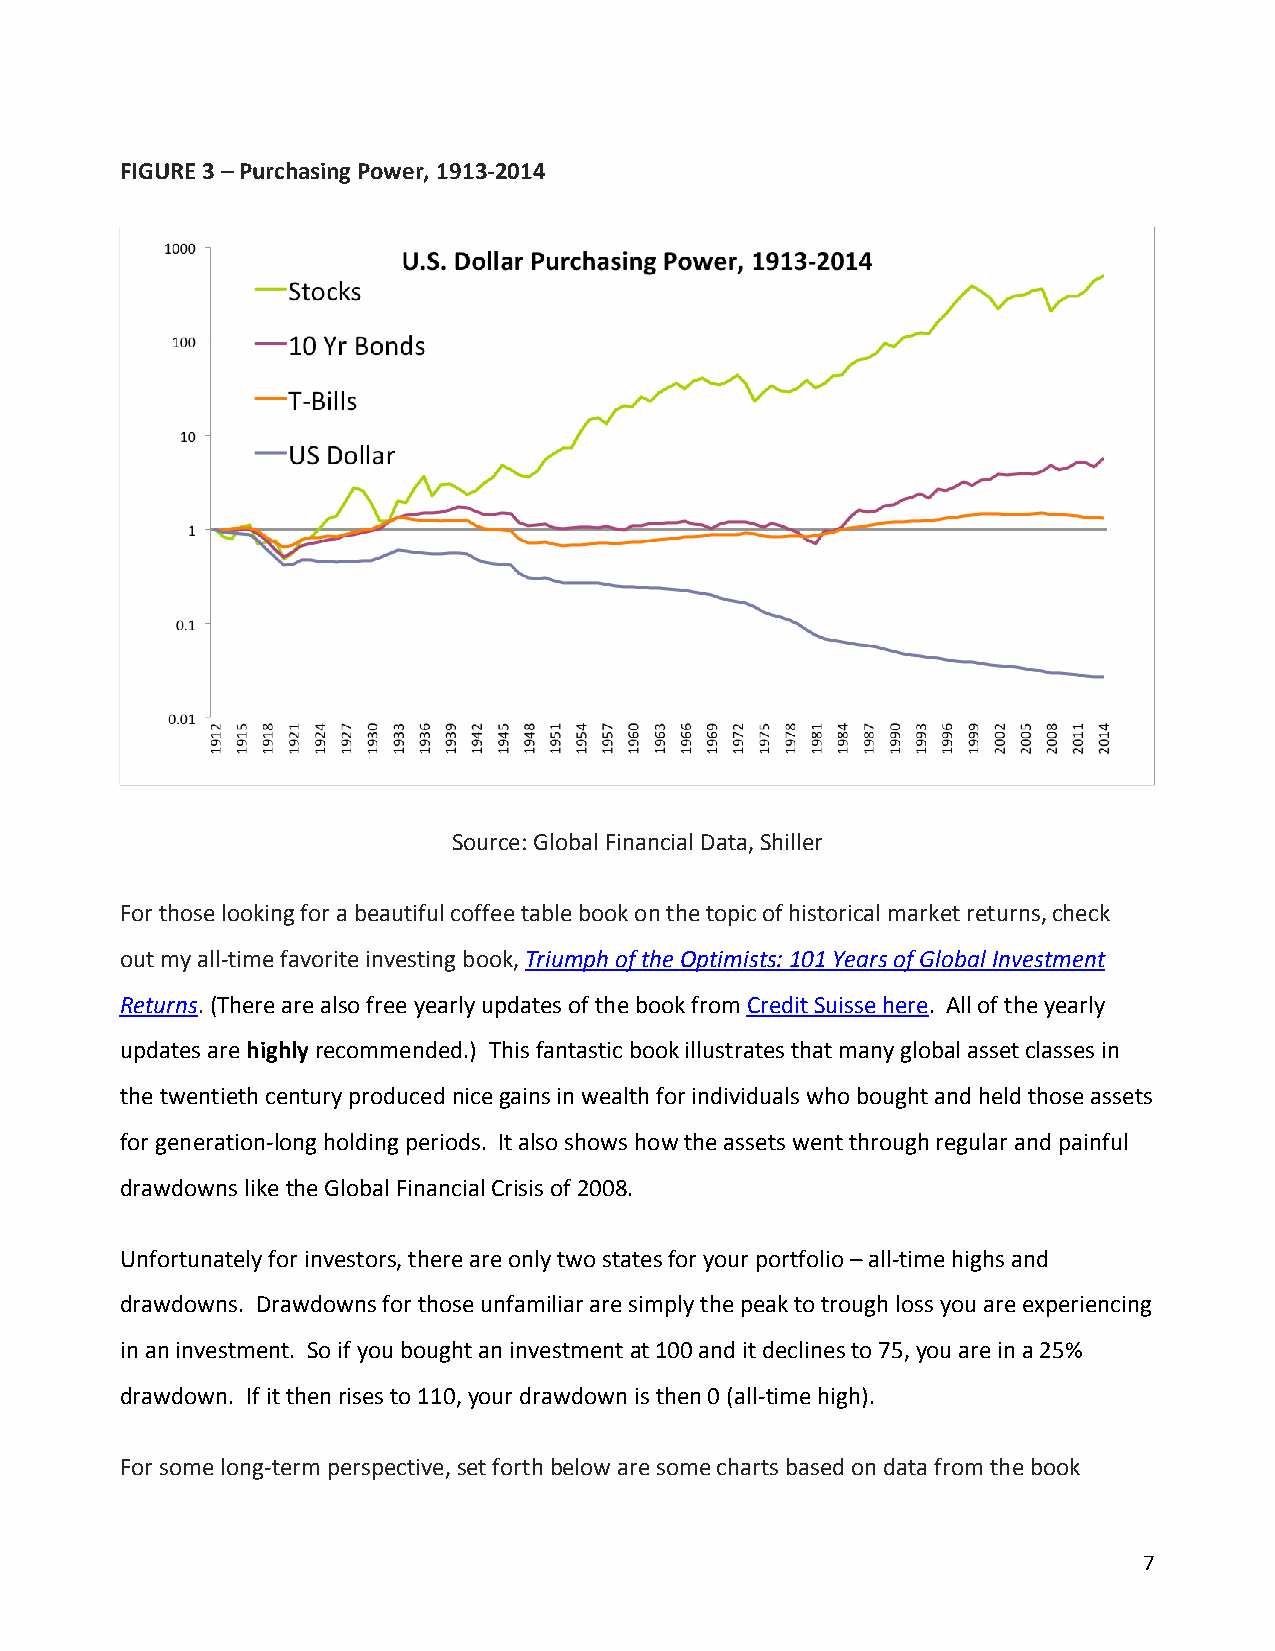
FIGURE 3 – Purchasing Power, 1913-2014
 Source: Global Financial Data, Shiller
 For those looking for a beautiful coffee table book on the topic of historical market returns, check
 out my all-time favorite investing book, Triumph of the Optimists: 101 Years of Global Investment
 Returns. (There are also free yearly updates of the book from Credit Suisse here. All of the yearly
 updates are highly recommended.) This fantastic book illustrates that many global asset classes in
 the twentieth century produced nice gains in wealth for individuals who bought and held those assets
 for generation-long holding periods. It also shows how the assets went through regular and painful
 drawdowns like the Global Financial Crisis of 2008.
 Unfortunately for investors, there are only two states for your portfolio – all-time highs and
 drawdowns. Drawdowns for those unfamiliar are simply the peak to trough loss you are experiencing
 in an investment. So if you bought an investment at 100 and it declines to 75, you are in a 25%
 drawdown. If it then rises to 110, your drawdown is then 0 (all-time high).
 For some long-term perspective, set forth below are some charts based on data from the book
 7